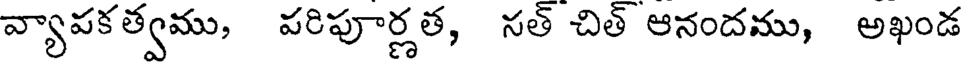
వ్యాపకత్వము, పరిపూర్ణత, సత్ చిత్ ఆనందము, అఖండ